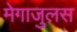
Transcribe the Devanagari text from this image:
मेगाजुलस